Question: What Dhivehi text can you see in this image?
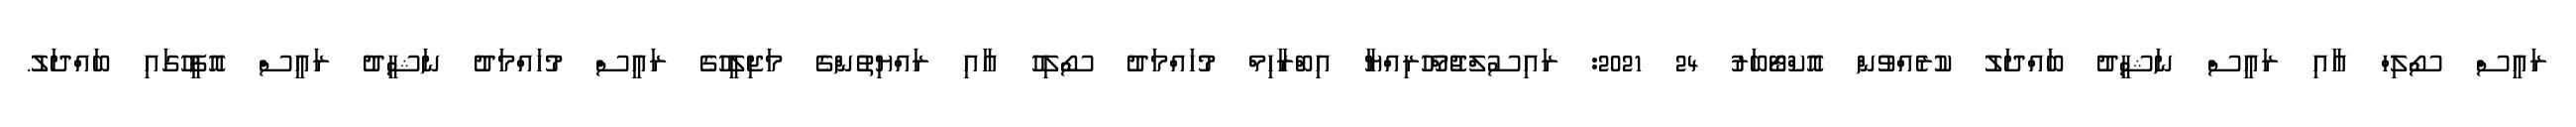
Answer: ރައީސް ސޯލިހް އާއި ރައީސް ނަޝީދު ބައްދަލު ކުރެއްވުން އޮކްޓޯބަރު 24 2021: ރައިސުލްޖުމްހޫރިއްޔާ އިބްރާހިމް މުހައްމަދު ސޯލިހު އާއި ރައްޔިތުންގެ މަޖިލީހުގެ ރައީސް މުހައްމަދު ނަޝީދު ރައީސް އޮފީހުގައި ބައްދަލު.